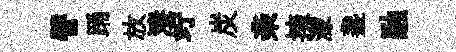
譬踊放淒竚炭亲擁濛盞融